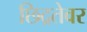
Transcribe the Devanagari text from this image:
छिद्रतेवर